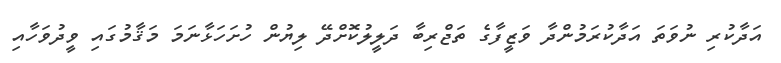
އަދާކުރި ނުވަތަ އަދާކުރަމުންދާ ވަޒީފާގެ ތަޖްރިބާ ދަލީލުކޮށްދޭ ލިޔުން ހުށަހަޅާނަމަ މަޤާމުގައި ވީދުވަހާއި